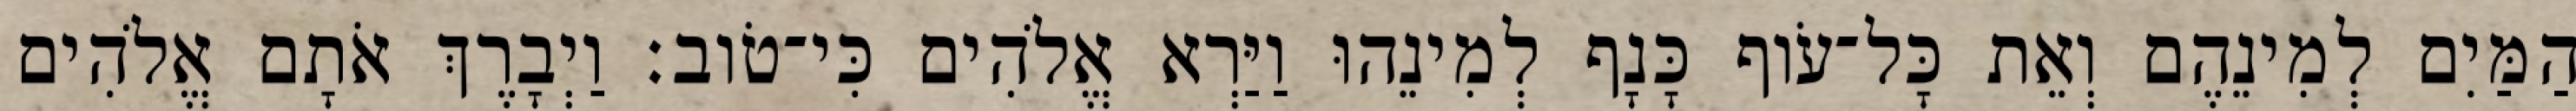
הַמַּיִם לְמִינֵהֶם וְאֵת כָּל־עֹוף כָּנָף לְמִינֵהוּ וַיַּרְא אֱלֹהִים כִּי־טֹוב׃ וַיְבָרֶךְ אֹתָם אֱלֹהִים